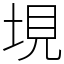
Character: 垷